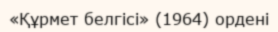
«Құрмет белгісі» (1964) ордені